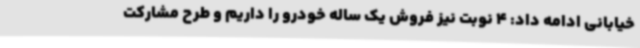
خیابانی ادامه داد: 4 نوبت نیز فروش یک ساله خودرو را داریم و طرح مشارکت